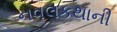
નવલકથાની